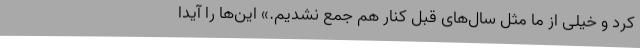
کرد و خیلی از ما مثل سال‌های قبل کنار هم جمع نشدیم.» این‌ها را آیدا